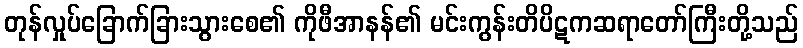
တုန်လှုပ်ခြောက်ခြားသွားစေ၏ ကိုဖီအာနန်၏ မင်းကွန်းတိပိဋကဆရာတော်ကြီးတို့သည်